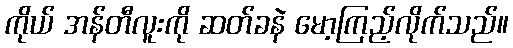
ကိုယ် အန်တီလူးကို ဆတ်ခနဲ မော့ကြည့်လိုက်သည်။